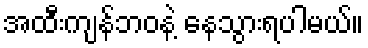
အထီးကျန်ဘဝနဲ့ နေသွားရပါမယ်။